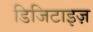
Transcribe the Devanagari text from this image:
डिजिटाइज़